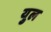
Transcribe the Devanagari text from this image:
युल